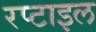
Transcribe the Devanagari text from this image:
रप्टाइल